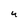
Character: 4